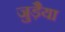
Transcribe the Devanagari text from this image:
जुड़ैया